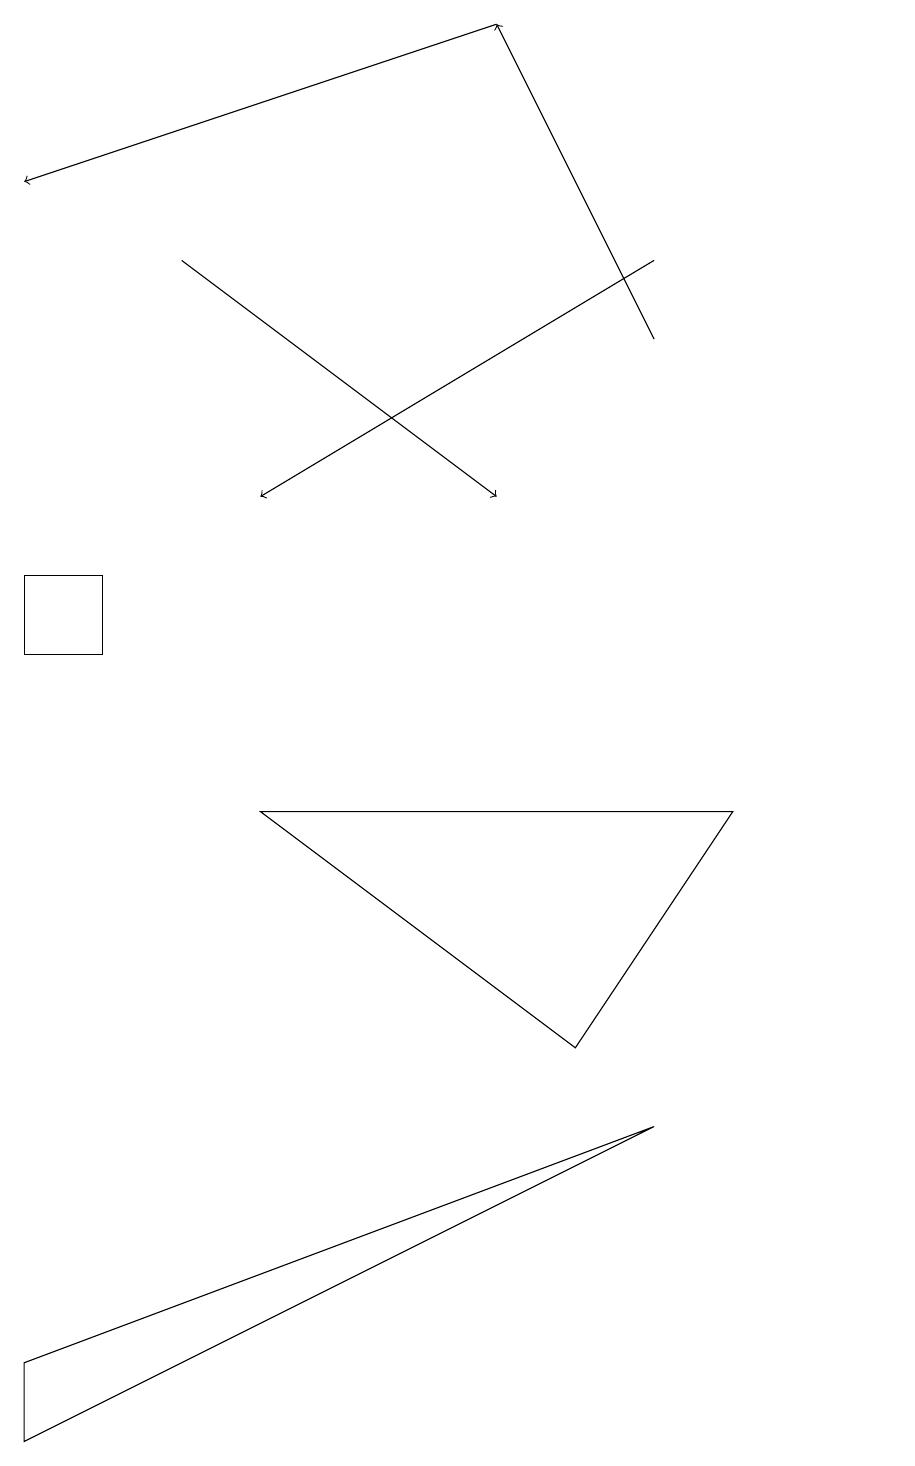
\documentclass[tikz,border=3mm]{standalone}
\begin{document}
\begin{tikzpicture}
\draw (11,11) circle (0);
\draw[->] (6,18) -- (0,16);
\draw[->] (8,14) -- (6,18);
\draw (8,4) -- (0,1) -- (0,0) -- cycle;
\draw (0,10) rectangle (1,11);
\draw[->] (8,15) -- (3,12);
\draw[->] (2,15) -- (6,12);
\draw (9,8) -- (3,8) -- (7,5) -- cycle;
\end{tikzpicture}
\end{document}